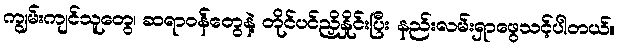
ကျွမ်းကျင်သူတွေ၊ ဆရာဝန်တွေနဲ့ တိုင်ပင်ညှိနှိုင်းပြီး နည်းလမ်းရှာဖွေသင့်ပါတယ်။